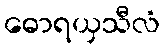
ဓောရယှသီလံ